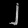
Digit: ၂